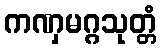
ကဏှမဂ္ဂသုတ္တံ